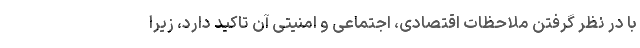
با در نظر گرفتن ملاحظات اقتصادی، اجتماعی و امنیتی آن تاکید دارد، زیرا